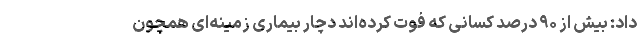
داد: بیش از ۹۰ درصد کسانی که فوت کرده‌اند دچار بیماری زمینه‌ای همچون